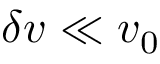
\delta v \ll v _ { 0 }